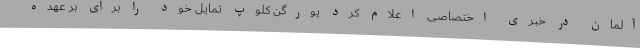
آلمان در خبری اختصاصی اعلام کرد یورگن کلوپ تمایل خود را برای بر عهده